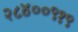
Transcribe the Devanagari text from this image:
२८४००९१९